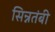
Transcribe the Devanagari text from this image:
सिन्नतंबी